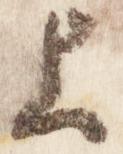
上